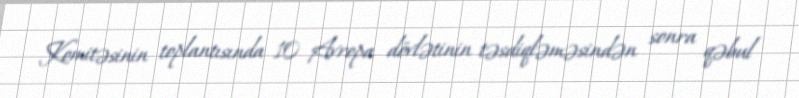
Komitəsinin toplantısında 10 Avropa dövlətinin təsdiqləməsindən sonra qəbul